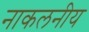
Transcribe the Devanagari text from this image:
नाकलनीय